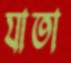
যাতা